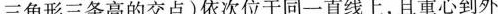
三角形三条高的交点)依次位于同一直线上，且重心到外